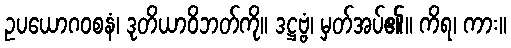
ဥပယောဂဝစနံ၊ ဒုတိယာဝိဘတ်ကို။ ဒဋ္ဌဗ္ဗံ၊ မှတ်အပ်၏။ ကိရ၊ ကား။